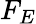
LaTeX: F_{E}